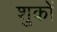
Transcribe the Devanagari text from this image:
शुकों